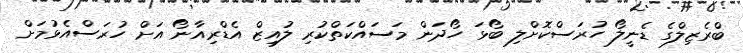
ބްރެޒިލްގެ ޑެނީލޯ ހުރަސްކޮށްލި ބޯޅަ ހޯދަން މަސައްކަތްކުރި ލުއިޒް އެޑްރިއާނޯ އަށް ހުރަސްއެޅުމަށް